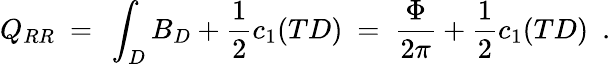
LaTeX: Q_{RR}\ =\ \int_{D}B_{D}+\frac{1}{2}c_{1}(TD)\ =\ \frac{\Phi}{2\pi}+\frac{1}{2}c_{1}(TD)\ \ .